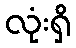
လုံးရှိ